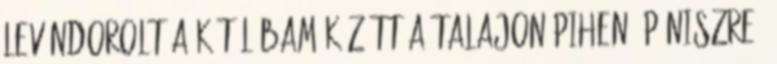
levándorolt a két lábam között a talajon pihenő péniszre,